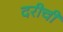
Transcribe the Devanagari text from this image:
दरीची